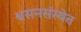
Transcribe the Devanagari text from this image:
श्वसनसंस्थेत